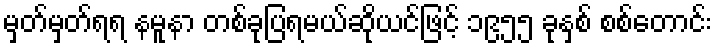
မှတ်မှတ်ရရ နမူနာ တစ်ခုပြရမယ်ဆိုယင်ဖြင့် ၁၉၅၅ ခုနှစ် စစ်တောင်း